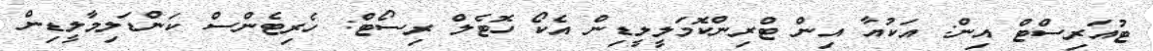
ޓުއަރިސްޓް އިން: އަކުއާ އިން ޓްރިންކޮމަލީލީޑިން އެކޯ ހޮޓެލް ރިސޯޓް: ހެރިޓެންސް ކަންޑަލިމާލީޑިން